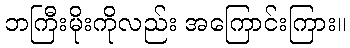
ဘကြီးမိုးကိုလည်း အကြောင်းကြား။